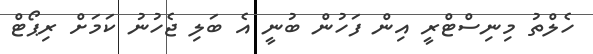
ހެލްތު މިނިސްޓްރީ އިން ފަހުން ބުނީ އެ ބަލި ޖެހުނު ކަމަށް ރިޕޯޓް